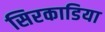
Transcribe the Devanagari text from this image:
सिरकाडिया